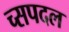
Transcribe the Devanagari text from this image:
च्सपदल